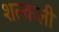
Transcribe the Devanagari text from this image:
शल्कली